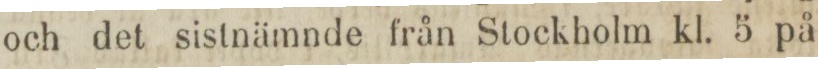
och det sistnämnde från Stockholm kl. 5 på